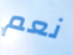
نعم